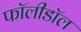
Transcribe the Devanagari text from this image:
फॉलीडॉल